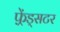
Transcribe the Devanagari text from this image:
फ़्रेंड्सटर